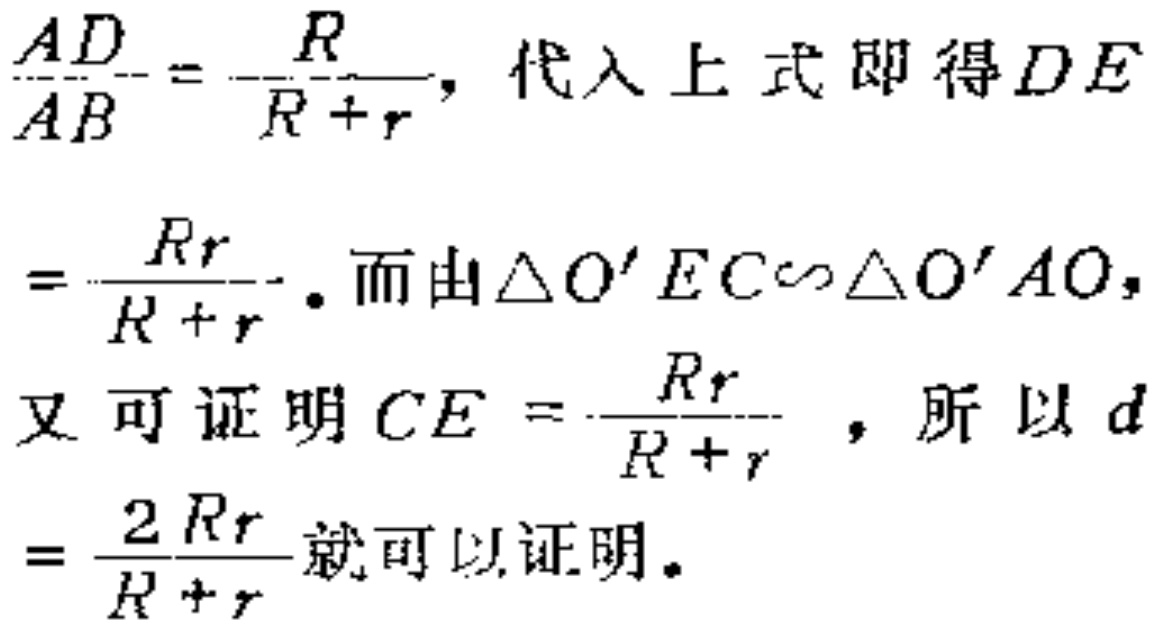
$\frac{AD}{AB}=\frac{R}{R + r}$，代入上式即得$DE$
$=\frac{Rr}{R + r}$。而由$\triangle O'EC\sim\triangle O'AO$，
又可证明$CE=\frac{Rr}{R + r}$，所以$d$
$=\frac{2Rr}{R + r}$就可以证明。